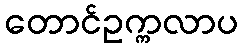
တောင်ဥက္ကလာပ